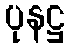
ပုနဋ္ဌ